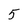
Character: 5